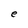
Character: e